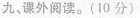
九、课外阅读。(10分)